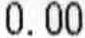
0.00